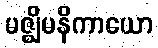
မဇ္ဈိမနိကာယော